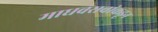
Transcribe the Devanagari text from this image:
माधवरावांकडून